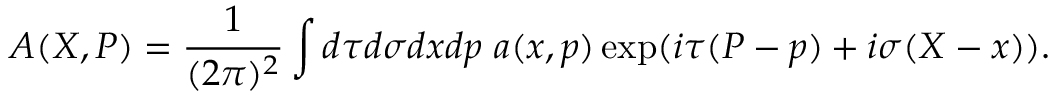
{ \cal A } ( { \cal X } , { \cal P } ) = \frac { 1 } { ( 2 \pi ) ^ { 2 } } \int d \tau d \sigma d x d p ~ a ( x , p ) \exp ( i \tau ( { \cal P } - p ) + i \sigma ( { \cal X } - x ) ) .